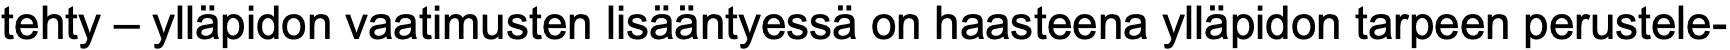
tehty – ylläpidon vaatimusten lisääntyessä on haasteena ylläpidon tarpeen perustele-